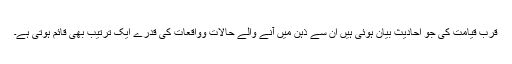
قرب قیامت کی جو احادیث بیان ہوئی ہیں ان سے ذہن میں آنے والے حالات وواقعات کی قدرے ایک ترتیب بھی قائم ہوتی ہے۔